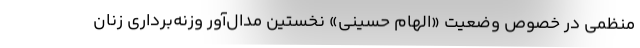
منظمی در خصوص وضعیت «الهام حسینی» نخستین مدال‌آور وزنه‌برداری زنان